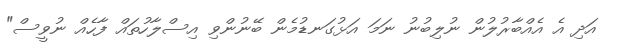
އަދި އެ އެއްބާރުލުން ނުލިބުނު ނަމަ އަޅުގަނޑުމެން ބޭނުންވި އިސްލާހުތައް ފާހެއް ނުވީސް"